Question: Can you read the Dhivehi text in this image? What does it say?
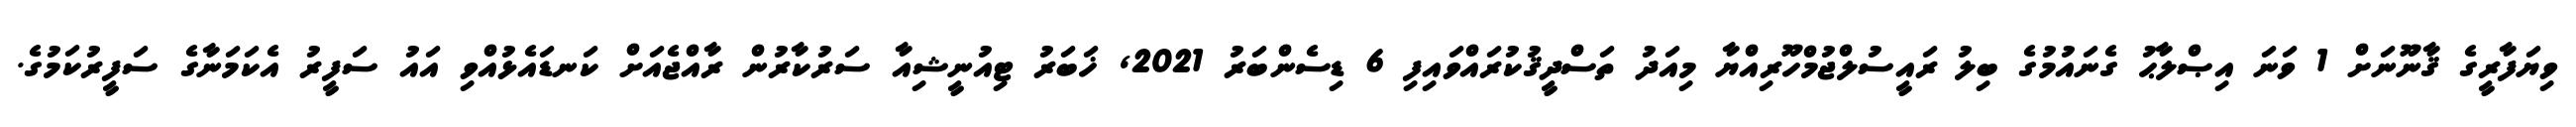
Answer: ވިޔަފާރީގެ ޤާނޫނަށް 1 ވަނަ އިޞްލާޙު ގެނައުމުގެ ބިލު ރައީސުލްޖުމްހޫރިއްޔާ މިއަދު ތަސްދީޤުކުރައްވައިފި 6 ޑިސެންބަރު 2021, ޚަބަރު ޓިއުނީޝިއާ ސަރުކާރުން ރާއްޖެއަށް ކަނޑައެޅުއްވި އައު ސަފީރު އެކަމަނާގެ ސަފީރުކަމުގެ.